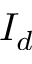
I _ { d }